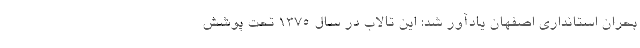
بحران استانداری اصفهان یادآور شد: این تالاب در سال ۱۳۷۵ تحت پوشش